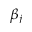
\beta _ { j }